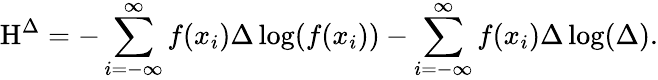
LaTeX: \mathrm{H}^{\Delta}=-\sum_{i=-\infty}^{\infty}f(x_{i})\Delta\log(f(x_{i}))-\sum_{i=-\infty}^{\infty}f(x_{i})\Delta\log(\Delta).